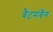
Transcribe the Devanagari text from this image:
बैटमबैंग